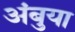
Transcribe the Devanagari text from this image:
अंबुया